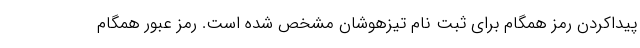
پیداکردن رمز همگام برای ثبت نام تیزهوشان مشخص شده است. رمز عبور همگام